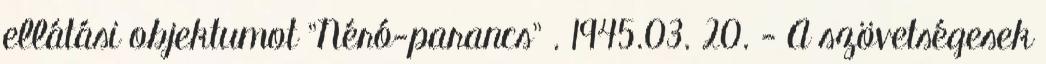
ellátási objektumot "Néró-parancs" . 1945.03. 20. - A szövetségesek